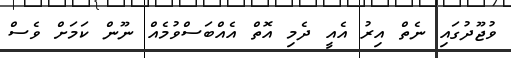
ވުޖޫދުގައި ނެތް އިރު އެއީ ދެމި އޮތް އެއްބަސްވުމެއް ނޫން ކަމަށް ވެސް